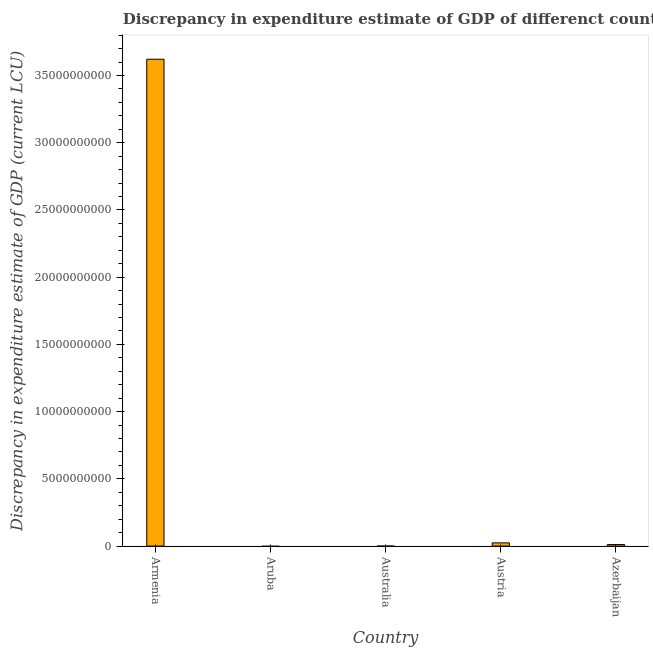
| Country | Discrepancy current LCU |
 | --- | --- |
 | Armenia | 3.62e+10 |
 | Aruba | -1.29e+08 |
 | Australia | -2e+06 |
 | Austria | 2.39e+08 |
 | Azerbaijan | 1.14e+08 |